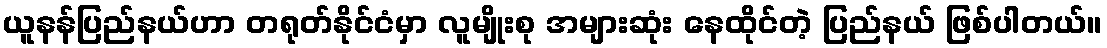
ယူနန်ပြည်နယ်ဟာ တရုတ်နိုင်ငံမှာ လူမျိုးစု အများဆုံး နေထိုင်တဲ့ ပြည်နယ် ဖြစ်ပါတယ်။